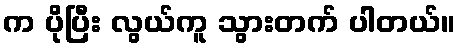
က ပိုပြီး လွယ်ကူ သွားတက် ပါတယ်။